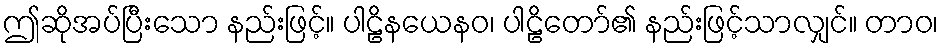
ဤဆိုအပ်ပြီးသော နည်းဖြင့်။ ပါဠိနယေနဝ၊ ပါဠိတော်၏ နည်းဖြင့်သာလျှင်။ တာဝ၊